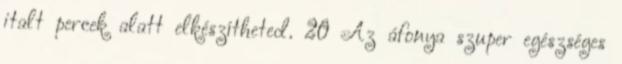
italt percek alatt elkészítheted. 20 Az áfonya szuper egészséges